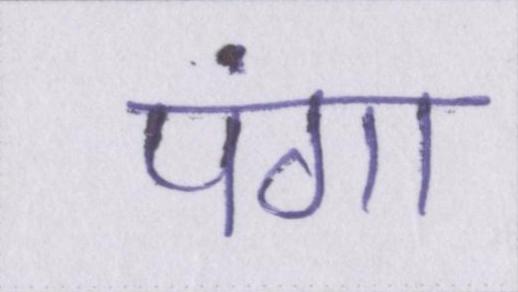
पंगा